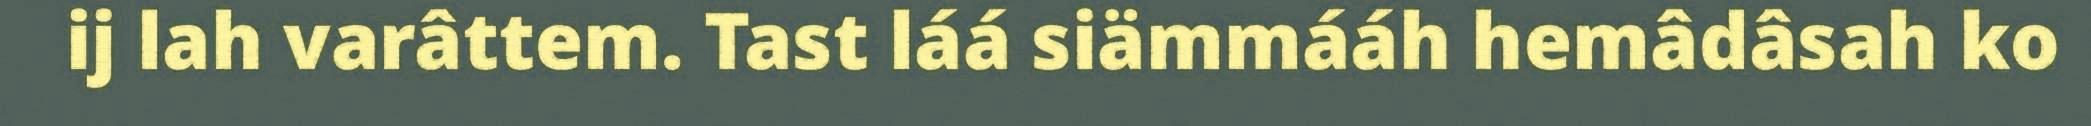
ij lah varâttem. Tast láá siämmááh hemâdâsah ko